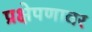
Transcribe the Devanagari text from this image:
प्रक्षेपणावर